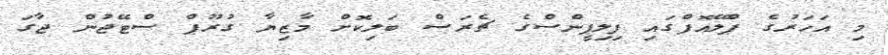
މި އަހަރުގެ ޕްލޭއޮފްގައި ފިލިޕީންސްގެ ޗެރަސް ބަލިކޮށް މާޒިޔާ ގުރޫޕް ސްޓޭޖުން ޖާގަ